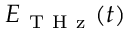
\boldsymbol { E } _ { \mathrm { ~ T ~ H ~ z ~ } } ( t )